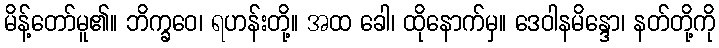
မိန့်တော်မူ၏။ ဘိက္ခဝေ၊ ရဟန်းတို့။ အထ ခေါ၊ ထိုနောက်မှ။ ဒေဝါနမိန္ဒော၊ နတ်တို့ကို